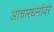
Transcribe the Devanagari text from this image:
आचारधर्मावर